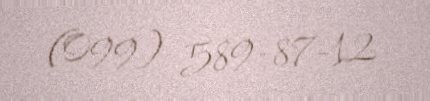
(099) 589-87-12